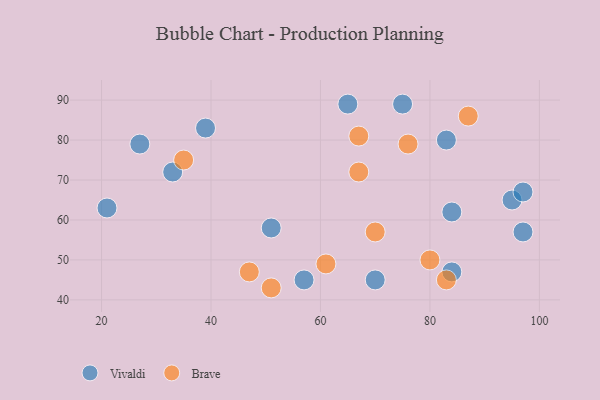
{"axis": {"x": "GDP", "y": "Life Expectancy"}, "legend": ["Brave", "Vivaldi"], "data": [{"x": "95", "y": 65, "type": "Vivaldi"}, {"x": "51", "y": 58, "type": "Vivaldi"}, {"x": "65", "y": 89, "type": "Vivaldi"}, {"x": "83", "y": 80, "type": "Vivaldi"}, {"x": "39", "y": 83, "type": "Vivaldi"}, {"x": "27", "y": 79, "type": "Vivaldi"}, {"x": "21", "y": 63, "type": "Vivaldi"}, {"x": "33", "y": 72, "type": "Vivaldi"}, {"x": "84", "y": 62, "type": "Vivaldi"}, {"x": "97", "y": 57, "type": "Vivaldi"}, {"x": "57", "y": 45, "type": "Vivaldi"}, {"x": "75", "y": 89, "type": "Vivaldi"}, {"x": "84", "y": 47, "type": "Vivaldi"}, {"x": "97", "y": 67, "type": "Vivaldi"}, {"x": "70", "y": 45, "type": "Vivaldi"}, {"x": "76", "y": 79, "type": "Brave"}, {"x": "67", "y": 81, "type": "Brave"}, {"x": "70", "y": 57, "type": "Brave"}, {"x": "51", "y": 43, "type": "Brave"}, {"x": "83", "y": 45, "type": "Brave"}, {"x": "61", "y": 49, "type": "Brave"}, {"x": "87", "y": 86, "type": "Brave"}, {"x": "67", "y": 72, "type": "Brave"}, {"x": "47", "y": 47, "type": "Brave"}, {"x": "80", "y": 50, "type": "Brave"}, {"x": "35", "y": 75, "type": "Brave"}]}